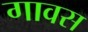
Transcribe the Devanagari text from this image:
गावस